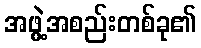
အဖွဲ့အစည်းတစ်ခု၏